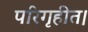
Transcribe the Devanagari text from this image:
परिगृहीत।